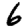
Digit: 6